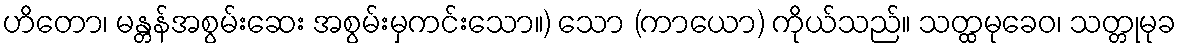
ဟိတော၊ မန္တန်အစွမ်းဆေး အစွမ်းမှကင်းသော။) သော (ကာယော) ကိုယ်သည်။ သတ္ထမုခေဝ၊ သတ္တုမုခ